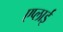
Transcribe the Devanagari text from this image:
एप्लाई